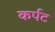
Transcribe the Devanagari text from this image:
कर्पट